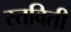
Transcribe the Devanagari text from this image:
स्तविती